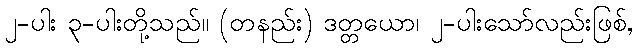
၂-ပါး ၃-ပါးတို့သည်။ (တနည်း) ဒတ္တယော၊ ၂-ပါးသော်လည်းဖြစ်,